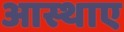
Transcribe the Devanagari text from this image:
आस्थाए